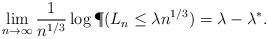
LaTeX: \begin{align*} \lim_{n \to \infty} \frac{1}{n^{1/3}} \log \P(L_n \leq \lambda n^{1/3}) = \lambda- \lambda^*.\end{align*}